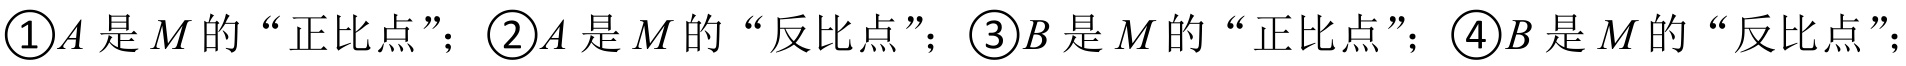
\textcircled{1}\(A\)是\(M\)的“正比点”；\textcircled{2}\(A\)是\(M\)的“反比点”；\textcircled{3}\(B\)是\(M\)的“正比点”；\textcircled{4}\(B\)是\(M\)的“反比点”；